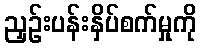
ညှဉ်းပန်းနှိပ်စက်မှုကို